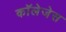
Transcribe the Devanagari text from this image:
काॅलेजेस